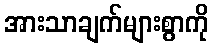
အားသာချက်များစွာကို